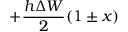
+ { \frac { h \Delta W } { 2 } } ( 1 \pm x )